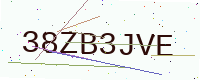
Text: 38ZB3JVE